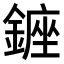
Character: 𨫈